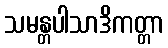
သမန္တပါသာဒိကတ္တာ